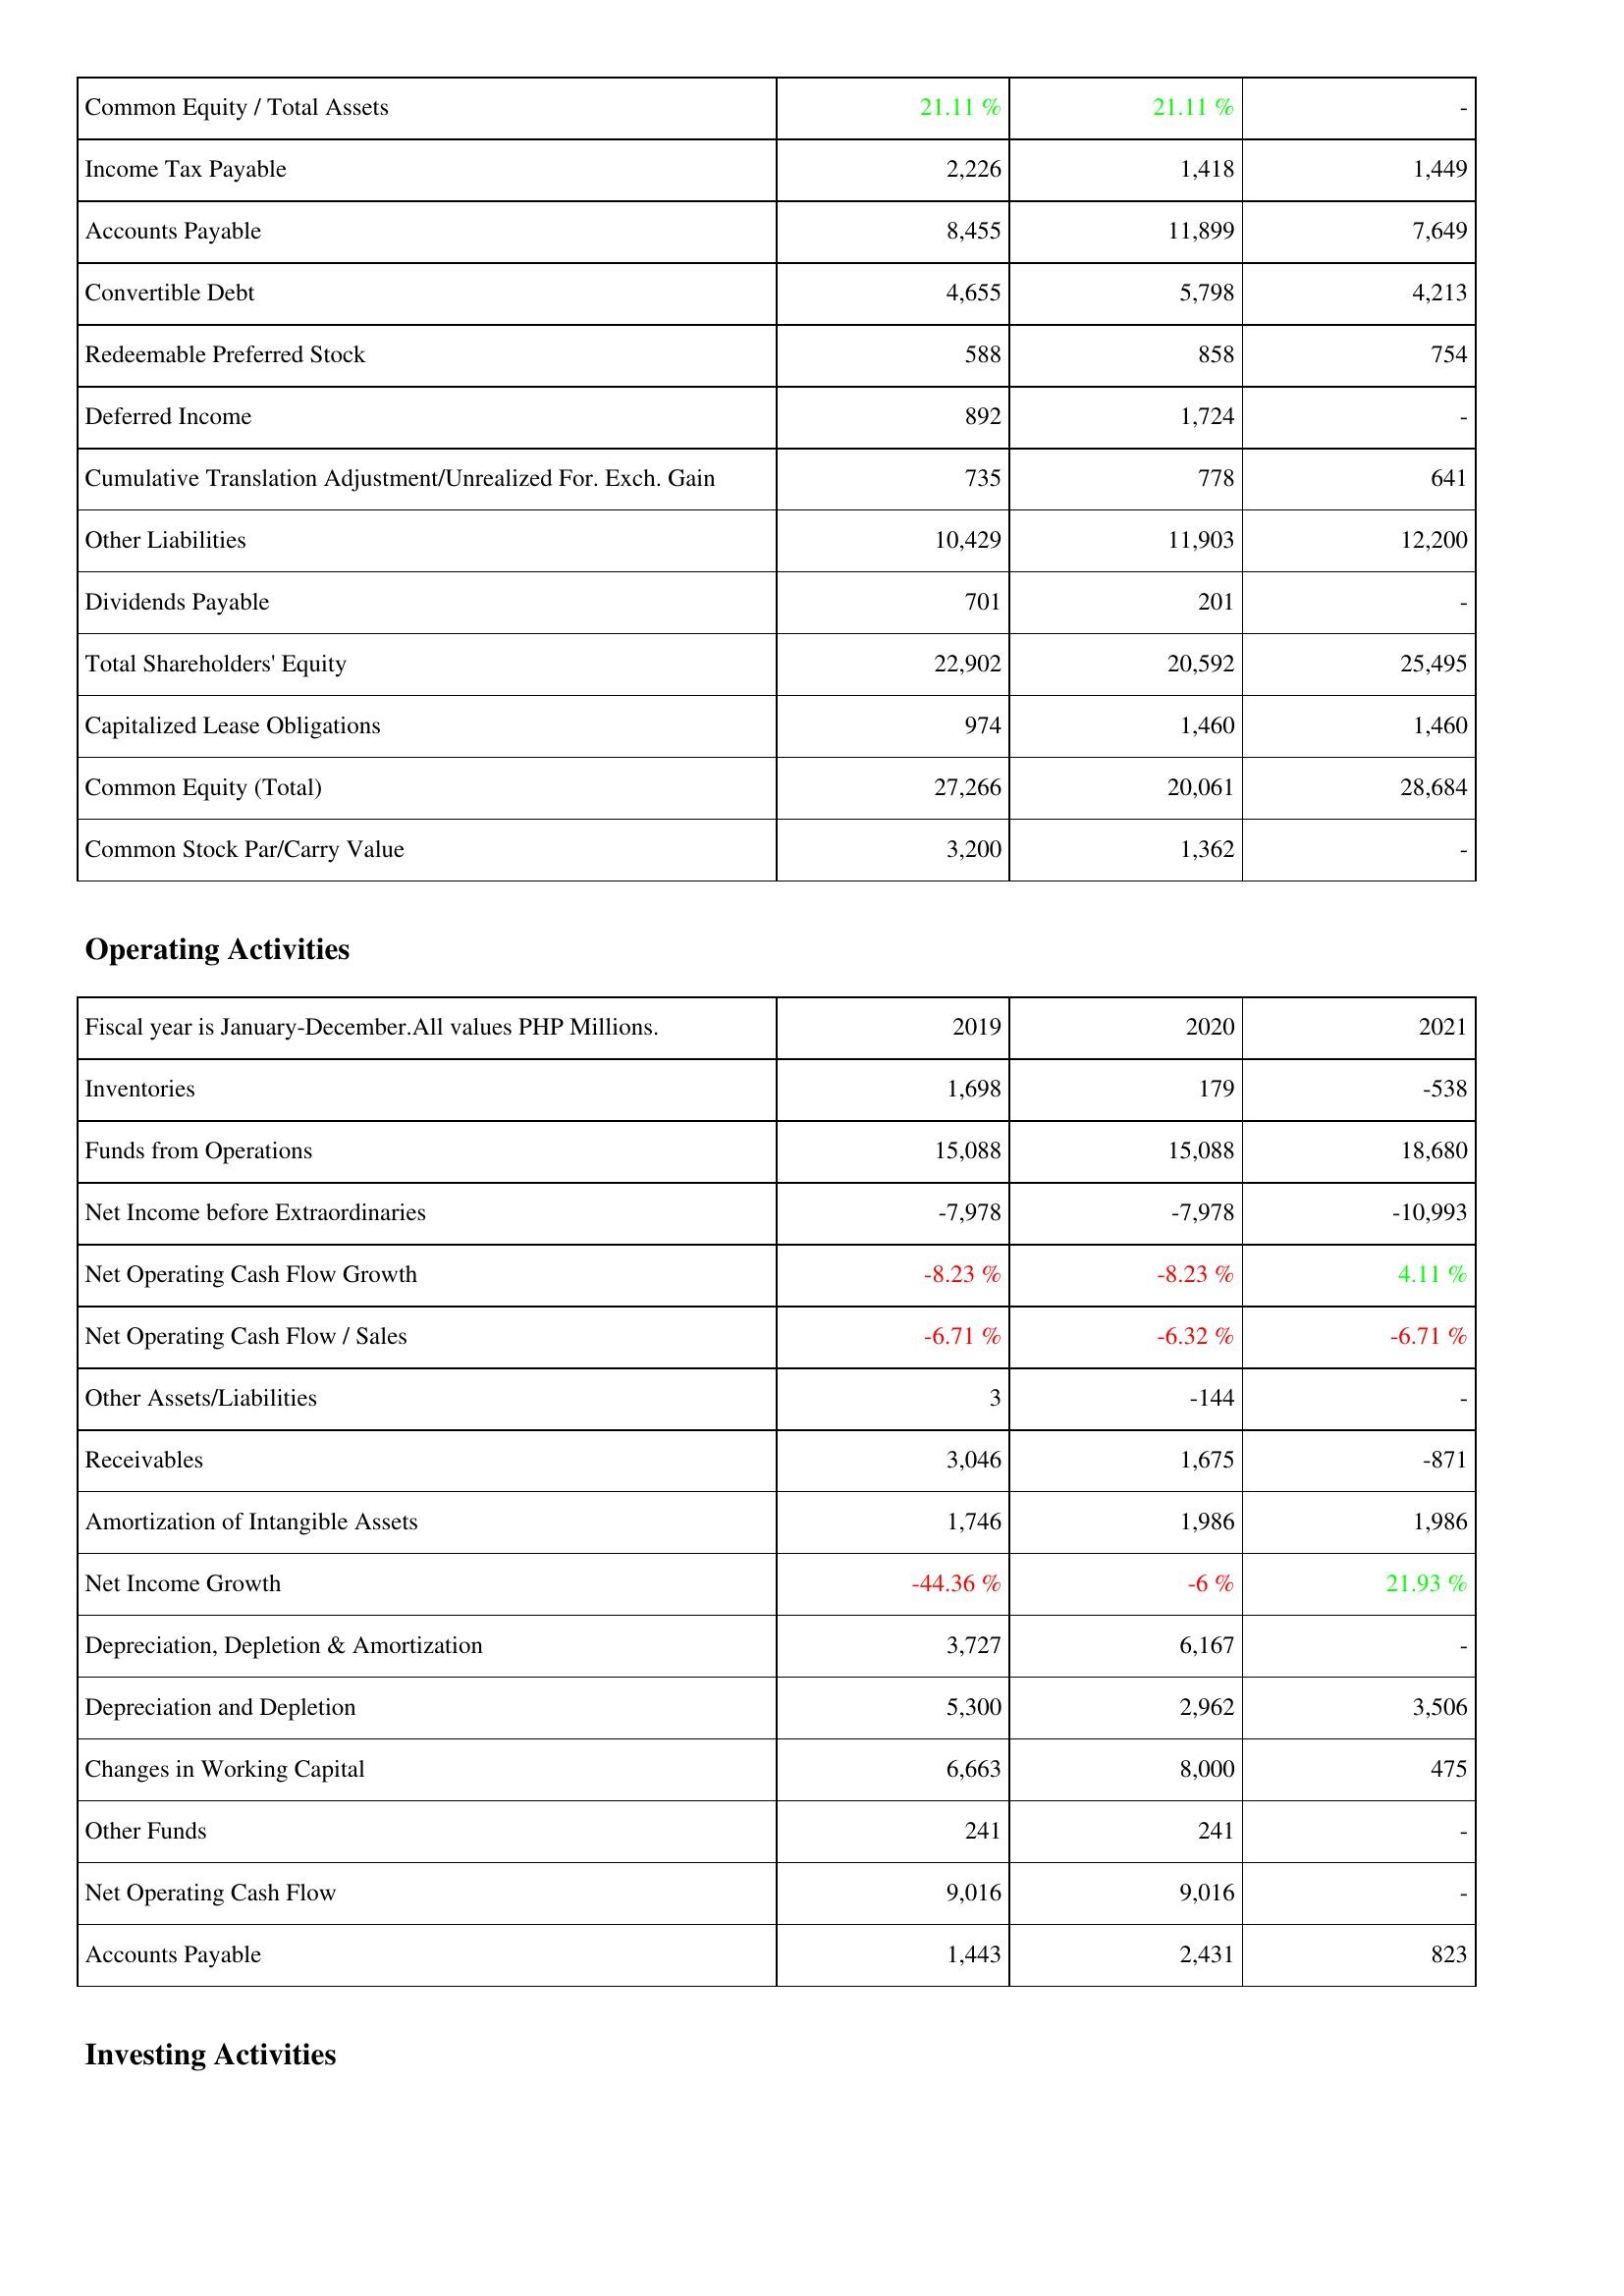
2019: Liabilities & Shareholders' Equity: Common Equity / Total Assets: 21.11 %
Income Tax Payable: 2,226
Accounts Payable: 8,455
Convertible Debt: 4,655
Redeemable Preferred Stock: 588
Deferred Income: 892
Cumulative Translation Adjustment/Unrealized For. Exch. Gain: 735
Other Liabilities: 10,429
Dividends Payable: 701
Total Shareholders' Equity: 22,902
Capitalized Lease Obligations: 974
Common Equity (Total): 27,266
Common Stock Par/Carry Value: 3,200
Operating Activities: Inventories: 1,698
Funds from Operations: 15,088
Net Income before Extraordinaries: -7,978
Net Operating Cash Flow Growth: -8.23 %
Net Operating Cash Flow / Sales: -6.71 %
Other Assets/Liabilities: 3
Receivables: 3,046
Amortization of Intangible Assets: 1,746
Net Income Growth: -44.36 %
Depreciation, Depletion & Amortization: 3,727
Depreciation and Depletion: 5,300
Changes in Working Capital: 6,663
Other Funds: 241
Net Operating Cash Flow: 9,016
Accounts Payable: 1,443
2020: Liabilities & Shareholders' Equity: Common Equity / Total Assets: 21.11 %
Income Tax Payable: 1,418
Accounts Payable: 11,899
Convertible Debt: 5,798
Redeemable Preferred Stock: 858
Deferred Income: 1,724
Cumulative Translation Adjustment/Unrealized For. Exch. Gain: 778
Other Liabilities: 11,903
Dividends Payable: 201
Total Shareholders' Equity: 20,592
Capitalized Lease Obligations: 1,460
Common Equity (Total): 20,061
Common Stock Par/Carry Value: 1,362
Operating Activities: Inventories: 179
Funds from Operations: 15,088
Net Income before Extraordinaries: -7,978
Net Operating Cash Flow Growth: -8.23 %
Net Operating Cash Flow / Sales: -6.32 %
Other Assets/Liabilities: -144
Receivables: 1,675
Amortization of Intangible Assets: 1,986
Net Income Growth: -6 %
Depreciation, Depletion & Amortization: 6,167
Depreciation and Depletion: 2,962
Changes in Working Capital: 8,000
Other Funds: 241
Net Operating Cash Flow: 9,016
Accounts Payable: 2,431
2021: Liabilities & Shareholders' Equity: Common Equity / Total Assets: -
Income Tax Payable: 1,449
Accounts Payable: 7,649
Convertible Debt: 4,213
Redeemable Preferred Stock: 754
Deferred Income: -
Cumulative Translation Adjustment/Unrealized For. Exch. Gain: 641
Other Liabilities: 12,200
Dividends Payable: -
Total Shareholders' Equity: 25,495
Capitalized Lease Obligations: 1,460
Common Equity (Total): 28,684
Common Stock Par/Carry Value: -
Operating Activities: Inventories: -538
Funds from Operations: 18,680
Net Income before Extraordinaries: -10,993
Net Operating Cash Flow Growth: 4.11 %
Net Operating Cash Flow / Sales: -6.71 %
Other Assets/Liabilities: -
Receivables: -871
Amortization of Intangible Assets: 1,986
Net Income Growth: 21.93 %
Depreciation, Depletion & Amortization: -
Depreciation and Depletion: 3,506
Changes in Working Capital: 475
Other Funds: -
Net Operating Cash Flow: -
Accounts Payable: 823